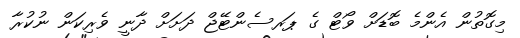
މިގޮތުން އެންމެ ބޮޑަށް ވޯޓް ގެ ޕަރސެންޓޭޖް ދަށަށް ދާނީ ވެރިކަން ނުކުރާ